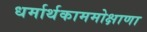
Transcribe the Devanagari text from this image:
धर्मार्थकाममोक्षाणा